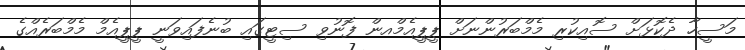
މަސީހާ ދެކޮޅަށް ސޮއިކުރި މެމްބަރުންނަށް ޕީޕީއެމްއން ފޮނުވި ސިޓީގައި ބުނެފައިވަނީ ޕީޕީއެމް މެމްބަރެއްގެ